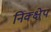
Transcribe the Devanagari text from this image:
निक्क्षेप